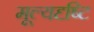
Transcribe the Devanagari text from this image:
मूल्यदृष्टि